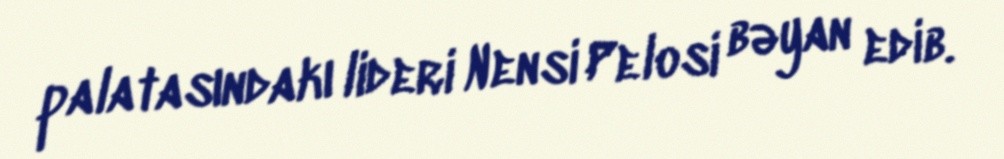
palatasındakı lideri Nensi Pelosi bəyan edib.